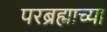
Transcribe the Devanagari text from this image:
परब्रह्माच्या